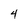
Character: 4